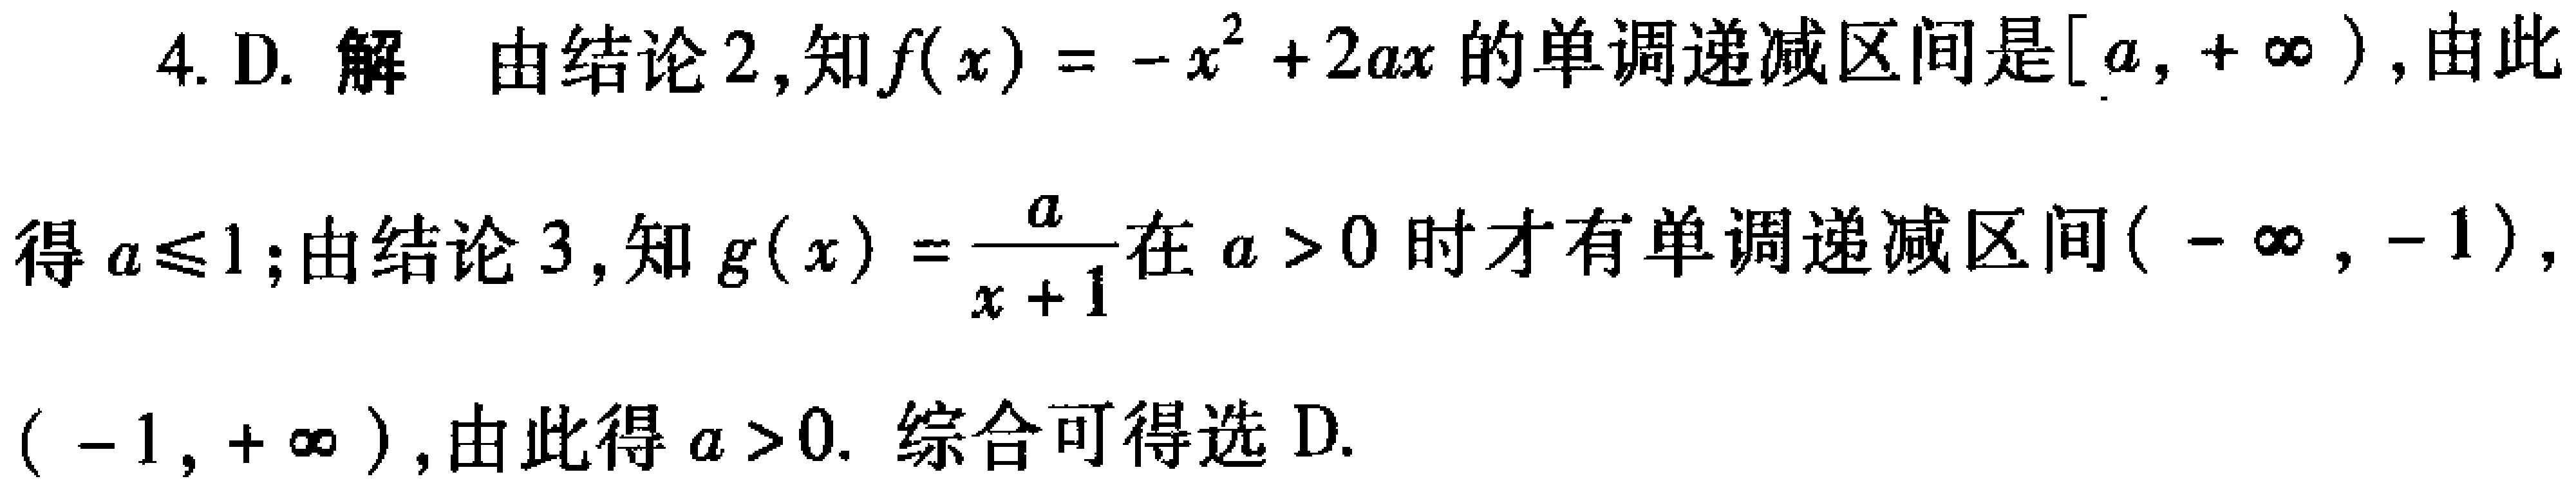
4. D. 解 由结论2,知\(f(x)=-x^{2}+2ax\)的单调递减区间是\([a,+\infty)\),由此得\(a\leqslant1\);由结论3,知\(g(x)=\frac{a}{x + 1}\)在\(a>0\)时才有单调递减区间\((-\infty,-1)\),\((-1,+\infty)\),由此得\(a>0\). 综合可得选 D.